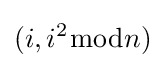
(i,i^{2}{\bmod {n}})